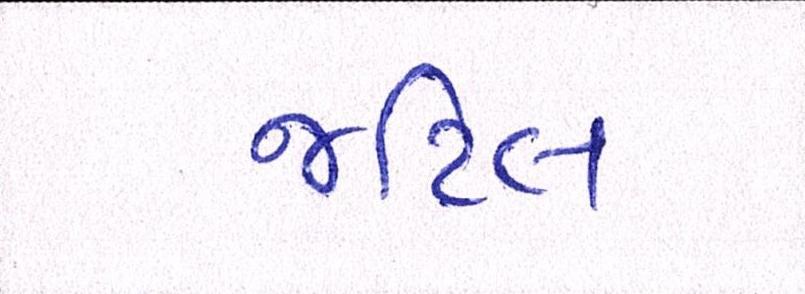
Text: જટિલ